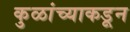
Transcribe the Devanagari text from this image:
कुळांच्याकडून